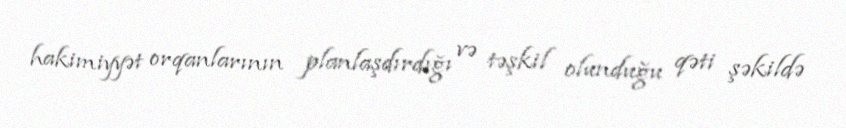
hakimiyyət orqanlarının planlaşdırdığı və təşkil olunduğu qəti şəkildə